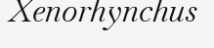
Xenorhynchus